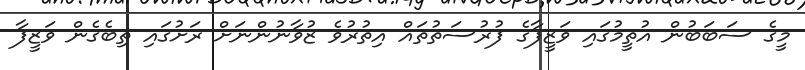
މީގެ ސަބަބުން އުތީމުގައި ވަޒީފާގެ ފުރުސަތުތައް އިތުރުވެ ޒުވާނުންނަށް ރަށުގައި ތިބެގެން ވަޒީފާ